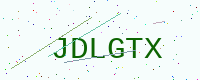
Text: JDLGTX